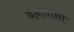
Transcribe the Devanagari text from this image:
बनावासी